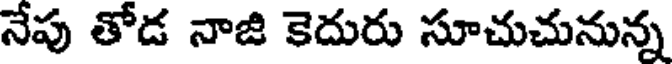
నేపు తోడ నాజి కెదురు సూచుచునున్న